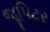
જૂપિટર